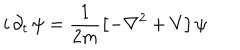
LaTeX: i \, \partial _ { t } \, \psi = \frac { 1 } { 2 m } \left[ - \nabla ^ { 2 } + V \right] \psi